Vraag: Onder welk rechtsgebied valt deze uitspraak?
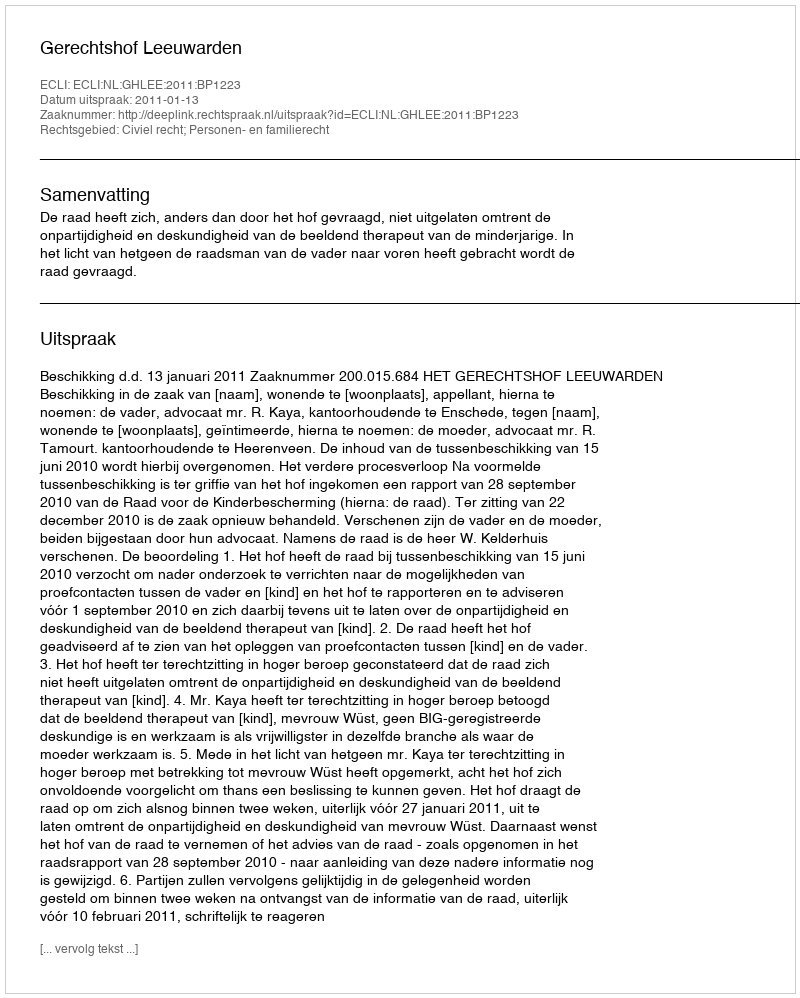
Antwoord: Civiel recht; Personen- en familierecht